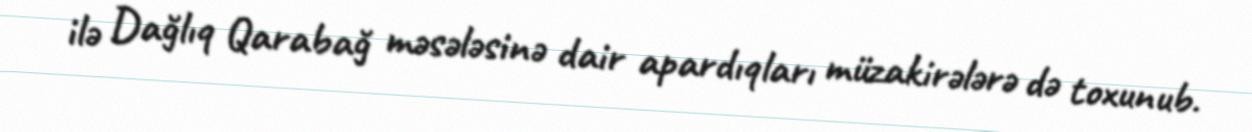
ilə Dağlıq Qarabağ məsələsinə dair apardıqları müzakirələrə də toxunub.